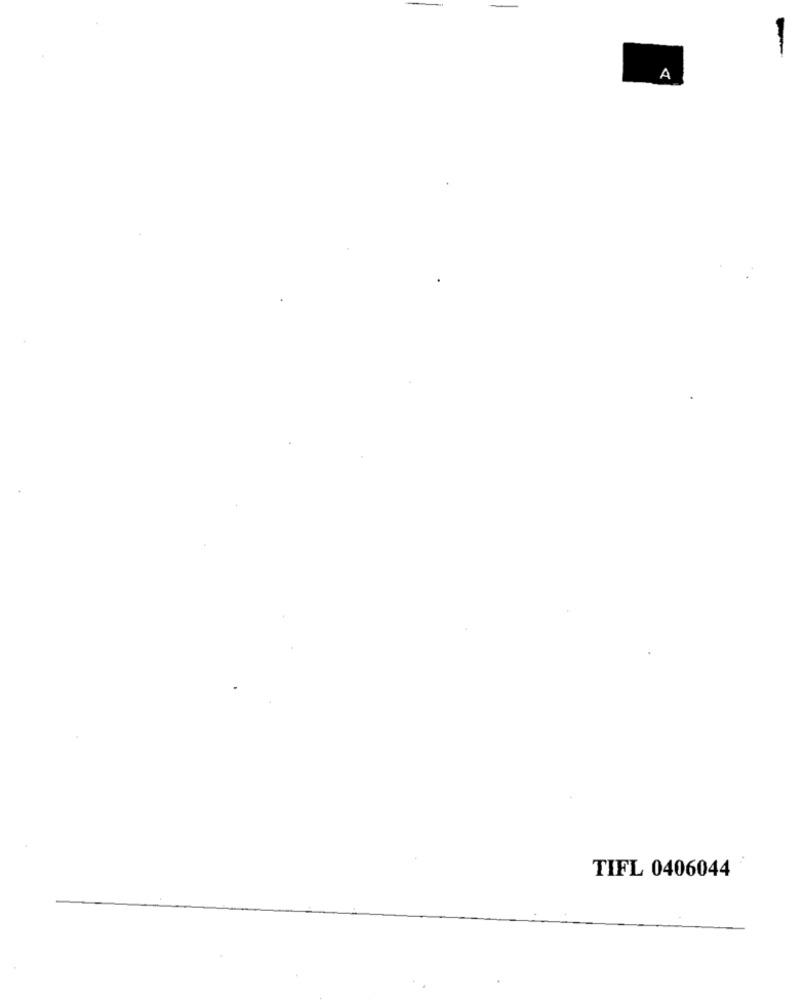
-
A
TIFL 0406044